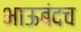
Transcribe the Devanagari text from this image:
भाऊबंदच